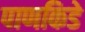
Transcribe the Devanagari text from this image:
पाणकिडे